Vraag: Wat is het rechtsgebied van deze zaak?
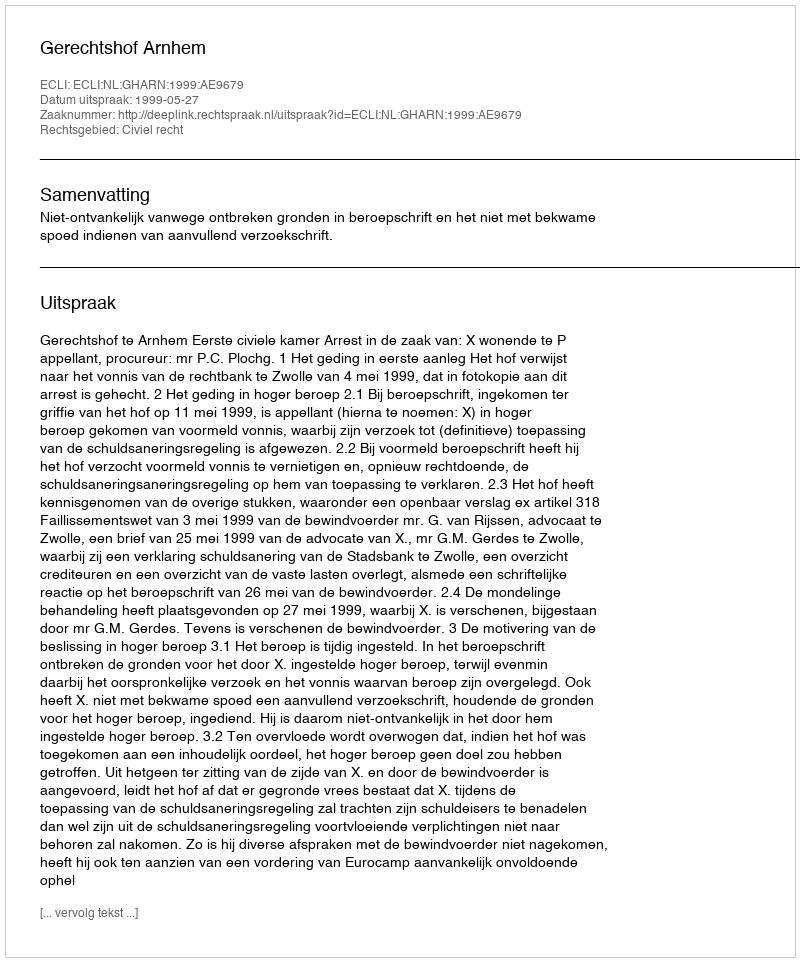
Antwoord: Civiel recht